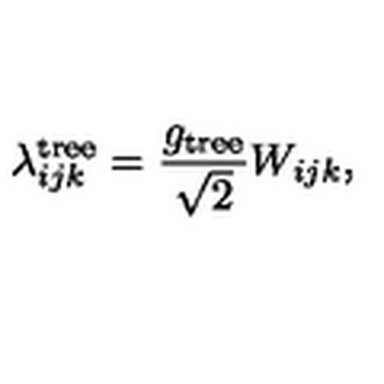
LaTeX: \lambda _ { i j k } ^ { \mathrm { t r e e } } = \frac { g _ { \mathrm { t r e e } } } { \sqrt { 2 } } W _ { i j k } ,